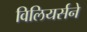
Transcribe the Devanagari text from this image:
विलियर्सने